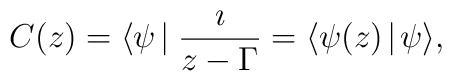
C(z)=\langle\psi\!\mid\frac{\imath}{z-\Gamma}=\langle\psi(z)\!\mid\!\psi\rangle,